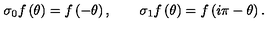
\sigma _ { 0 } f \left( \theta \right) = f \left( - \theta \right) , \qquad \sigma _ { 1 } f \left( \theta \right) = f \left( i \pi - \theta \right) .